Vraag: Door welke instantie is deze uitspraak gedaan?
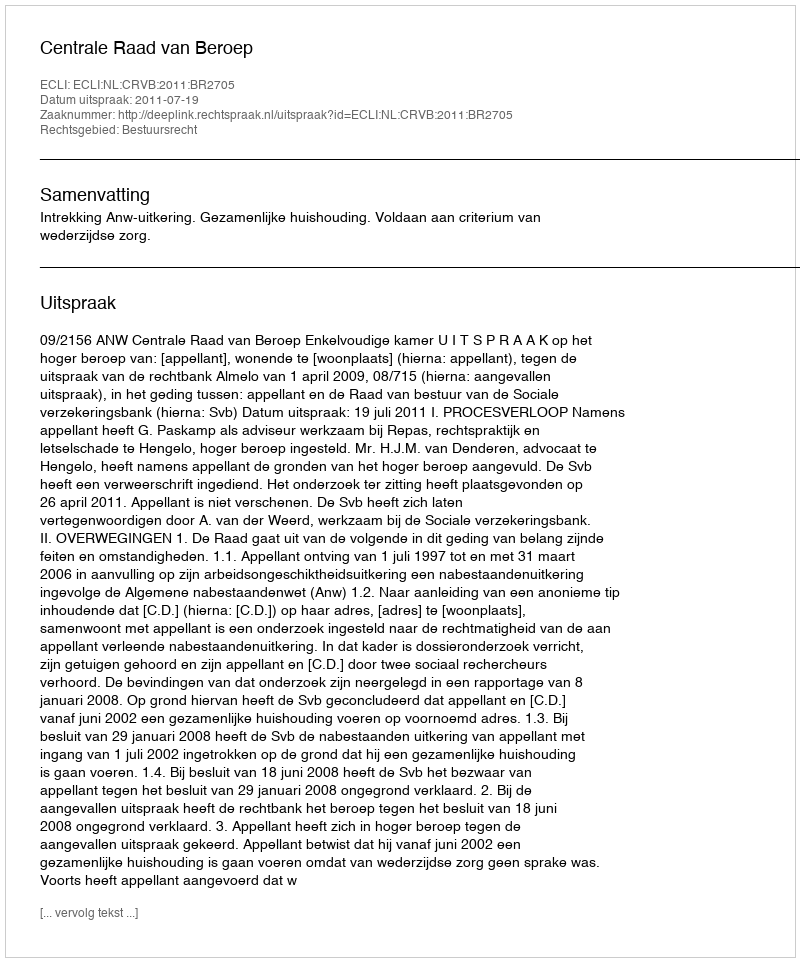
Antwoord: Centrale Raad van Beroep